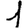
Digit: 1